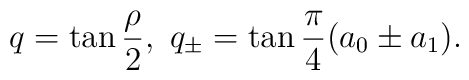
q=\tan\frac{\rho}{2}, \ q_\pm = \tan\frac{\pi}{4}(a_0\pm a_1).